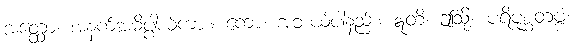
အတ္ထော၊ အနက်အဓိပ္ပါယ်ကား။ ကော၊ အဘယ်ပါနည်း။ ဣတိ၊ ဤသို့။ ပရိပုစ္ဆတဗ္ဗံ၊